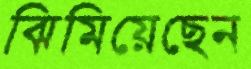
ঝিমিয়েছেন